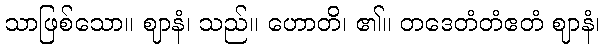
သာဖြစ်သော။ ဈာနံ၊ သည်။ ဟောတိ၊ ၏။ တဒေတံတံဧတံ ဈာနံ၊